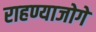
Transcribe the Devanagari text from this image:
राहण्याजोगे